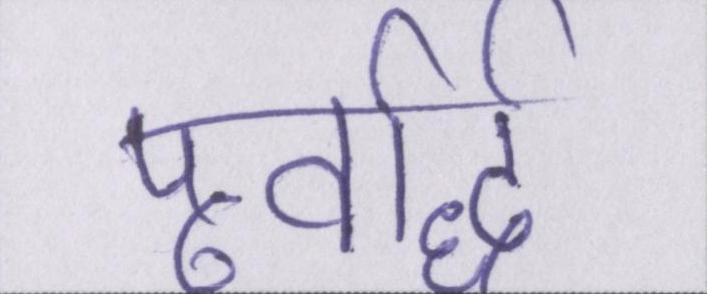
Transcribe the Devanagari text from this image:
पूर्वार्द्ध